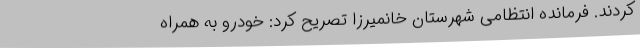
کردند. فرمانده انتظامی شهرستان خانمیرزا تصریح کرد: خودرو به همراه